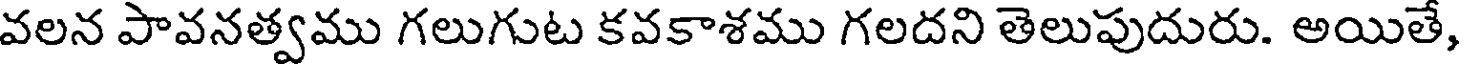
వలన పావనత్వము గలుగుట కవకాశము గలదని తెలుపుదురు. అయితే,